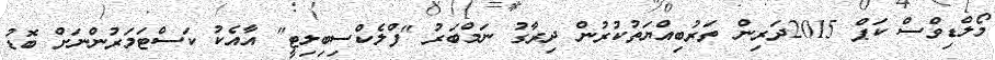
މޯލްޑިވްސް ކަޕް 2015ދަރިން ތަރުބިއްޔަތުކުރުން ދިރާގު ނަމްބަރު "ފްލެކްސިބިލިޓީ" އާއެކު ކަސްޓަމަރުންނަށް ބޮޑު